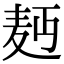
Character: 𮮄